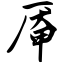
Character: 厣